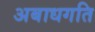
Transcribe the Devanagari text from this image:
अबाधगति